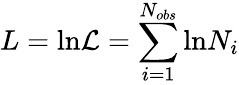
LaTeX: L=\mathrm{ln}\mathcal{L}=\sum_{i=1}^{N_{obs}}\mathrm{ln}N_{i}